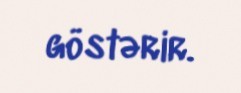
göstərir.